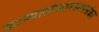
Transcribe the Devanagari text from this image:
काव्यालंकारसारसंग्रह